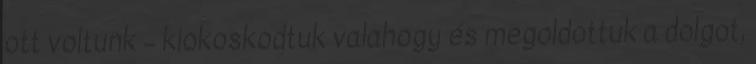
ott voltunk – kiokoskodtuk valahogy és megoldottuk a dolgot,